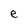
Character: e